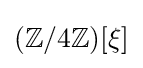
(\mathbb {Z} /4\mathbb {Z} )[\xi ]